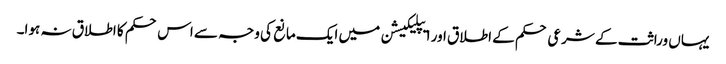
یہاں وراثت کے شرعی حکم کے اطلاق اور ایپلیکیشن میں ایک مانع کی وجہ سے اس حکم کا اطلاق نہ ہوا۔